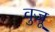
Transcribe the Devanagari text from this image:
वुजू